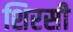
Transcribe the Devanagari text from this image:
शिरसी